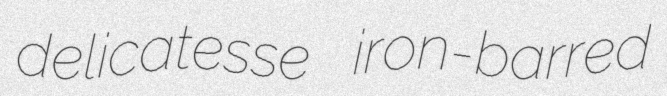
delicatesse iron-barred